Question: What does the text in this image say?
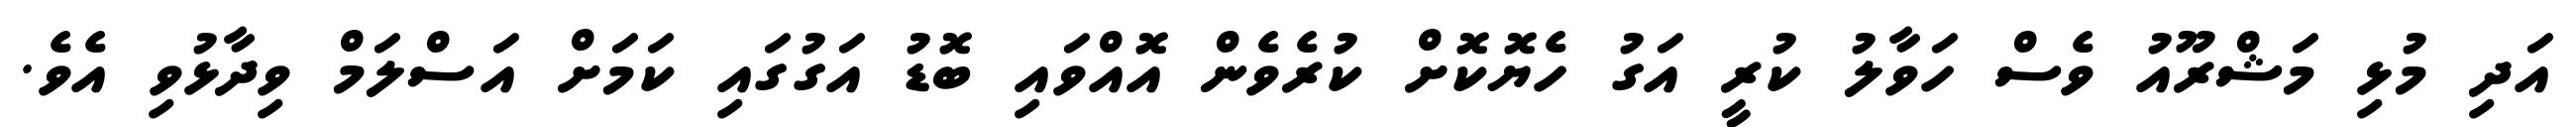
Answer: އަދި މުޅި މަޝްރޫއު ވެސް ހަވާލު ކުރީ އަގު ހެޔޮކޮށް ކުރެވެން އޮއްވައި ބޮޑު އަގުގައި ކަމަށް އަސްލަމް ވިދާޅުވި އެވެ.